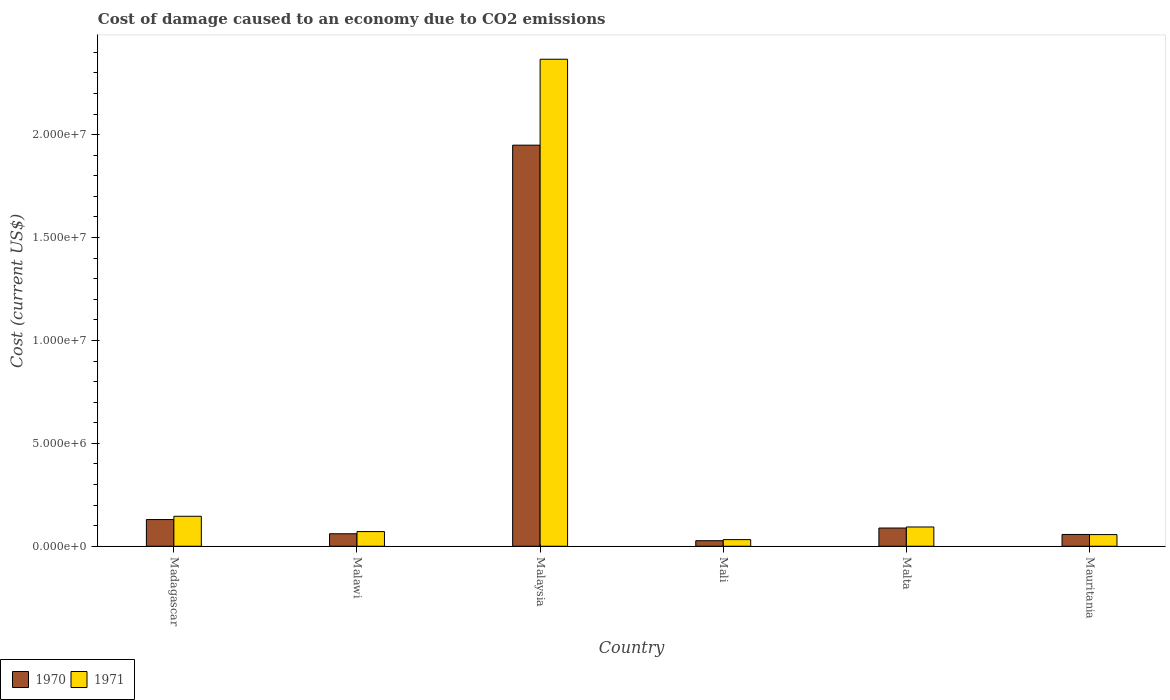
| Country | 1970 | 1971 |
 | --- | --- | --- |
 | Madagascar | 1.3e+06 | 1.46e+06 |
 | Malawi | 6.07e+05 | 7.13e+05 |
 | Malaysia | 1.95e+07 | 2.37e+07 |
 | Mali | 2.69e+05 | 3.23e+05 |
 | Malta | 8.86e+05 | 9.37e+05 |
 | Mauritania | 5.73e+05 | 5.67e+05 |